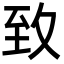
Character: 𦤶